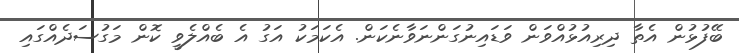
ބޭފުޅުން އެތާ ދިރިއުޅުއްވަން ވަޑައިނުގަންނަވާނެކަން. އެކަމަކު އަގު އެ ބެއްލެވީ ކޮން މަގުސަދެއްގައި